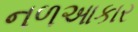
નળઆકાર